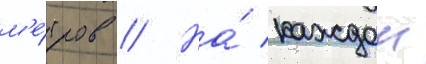
м'е́тров // На́ каждои